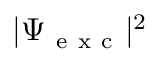
| \Psi _ { \mathrm { ~ e ~ x ~ c ~ } } | ^ { 2 }